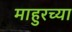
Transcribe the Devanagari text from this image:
माहुरच्या